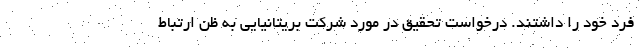
فرد خود را داشتند. درخواست تحقیق در مورد شرکت بریتانیایی به ظن ارتباط